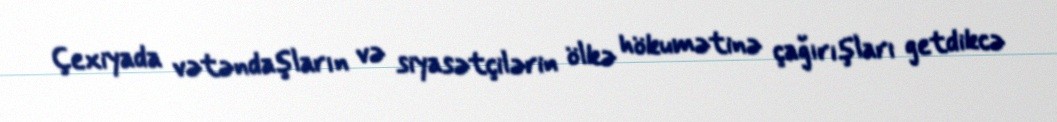
Çexiyada vətəndaşların və siyasətçilərin ölkə hökumətinə çağırışları getdikcə